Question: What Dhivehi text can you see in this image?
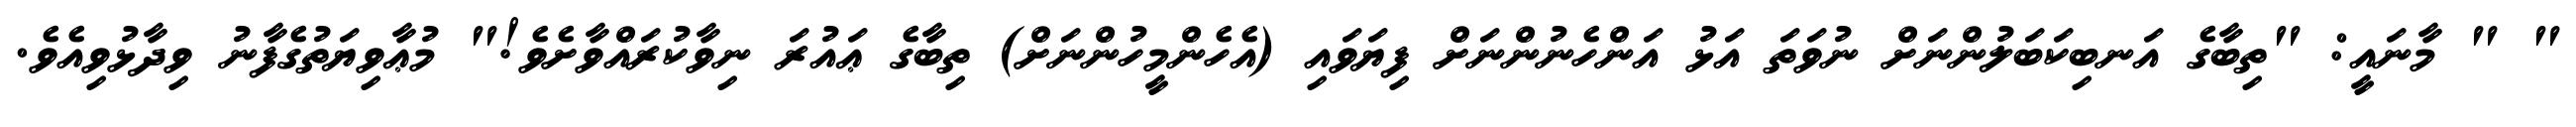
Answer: " " މާނައީ: "ތިބާގެ އަނބިކަބަލުންނަށް ނުވަތަ އަޅު އަންހެނުންނަށް ފިޔަވައި (އެހެންމީހުންނަށް) ތިބާގެ ޢައުރަ ނިވާކުރައްވާށެވެ!" މުޢާވިޔަތުގެފާނު ވިދާޅުވިއެވެ.